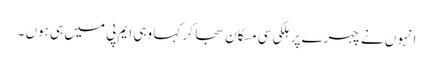
انہوں نے چہرے پر ہلکی سی مسکان سجا کر کہا وہی ایم پی میں ہی ہوں ۔